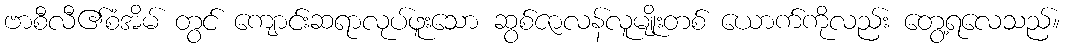
ဗာစီလီ၏စံအိမ် တွင် ကျောင်းဆရာလုပ်ဖူးသော ဆွစ်ဇာလန်လူမျိုးတစ် ယောက်ကိုလည်း တွေ့ရလေသည်။